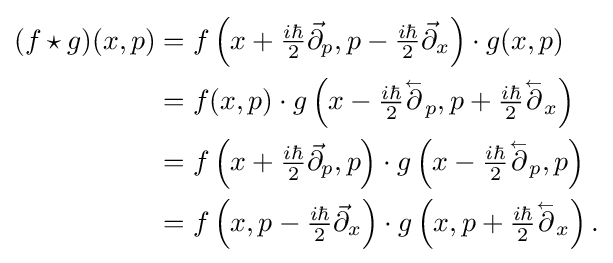
{\begin{aligned}(f\star g)(x,p)&=f\left(x+{\tfrac {i\hbar }{2}}{\vec {\partial }}_{p},p-{\tfrac {i\hbar }{2}}{\vec {\partial }}_{x}\right)\cdot g(x,p)\\&=f(x,p)\cdot g\left(x-{\tfrac {i\hbar }{2}}{\overset {_{\gets }}{\partial }}_{p},p+{\tfrac {i\hbar }{2}}{\overset {_{\gets }}{\partial }}_{x}\right)\\&=f\left(x+{\tfrac {i\hbar }{2}}{\vec {\partial }}_{p},p\right)\cdot g\left(x-{\tfrac {i\hbar }{2}}{\overset {_{\gets }}{\partial }}_{p},p\right)\\&=f\left(x,p-{\tfrac {i\hbar }{2}}{\vec {\partial }}_{x}\right)\cdot g\left(x,p+{\tfrac {i\hbar }{2}}{\overset {_{\gets }}{\partial }}_{x}\right).\end{aligned}}